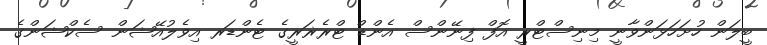
ބީލަން ހުށަހަޅަންވާނީ މިނިސްޓްރީ އޮފް ފިނޭންސް އެންޑް ޓްރެޜަރީގެ ޓެންޑަރ އިވެލުއޭޝަން ސެކްޝަންގެ